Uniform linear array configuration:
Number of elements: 12
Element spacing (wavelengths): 0.5
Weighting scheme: exponential
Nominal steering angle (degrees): -60
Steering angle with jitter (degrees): -61.178
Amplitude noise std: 0.05
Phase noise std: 0.05

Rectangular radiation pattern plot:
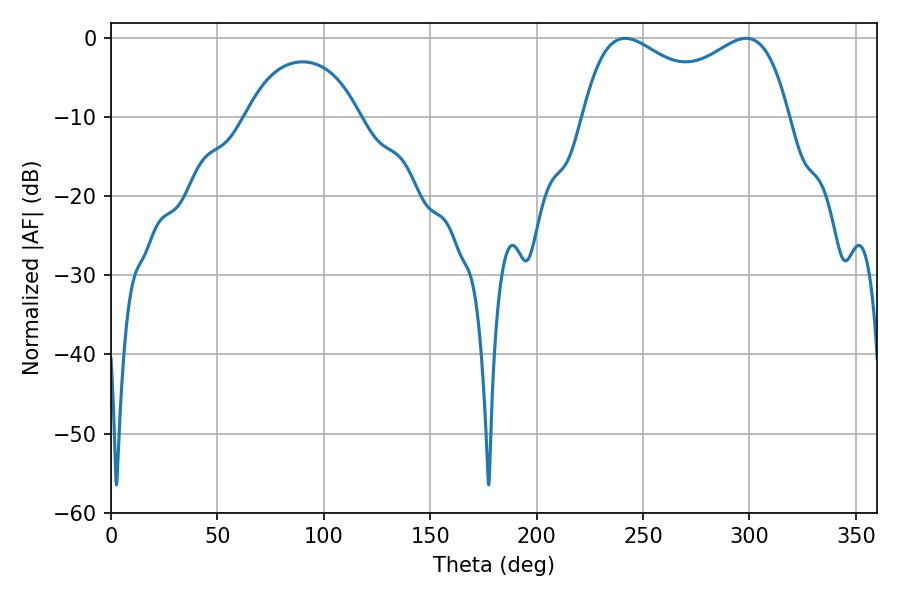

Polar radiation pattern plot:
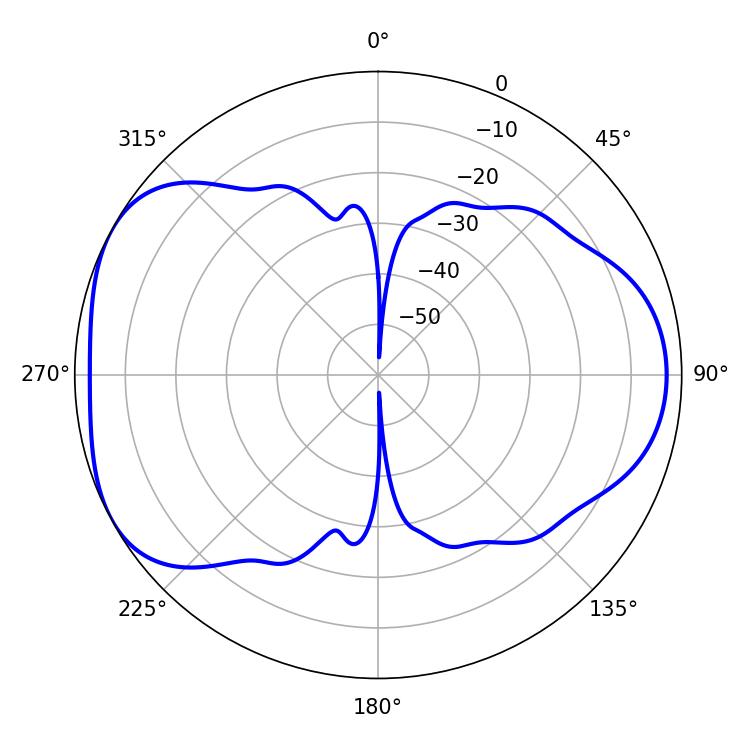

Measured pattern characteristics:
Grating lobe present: FALSE
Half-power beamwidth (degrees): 81
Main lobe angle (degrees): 241.56